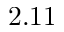
2 . 1 1